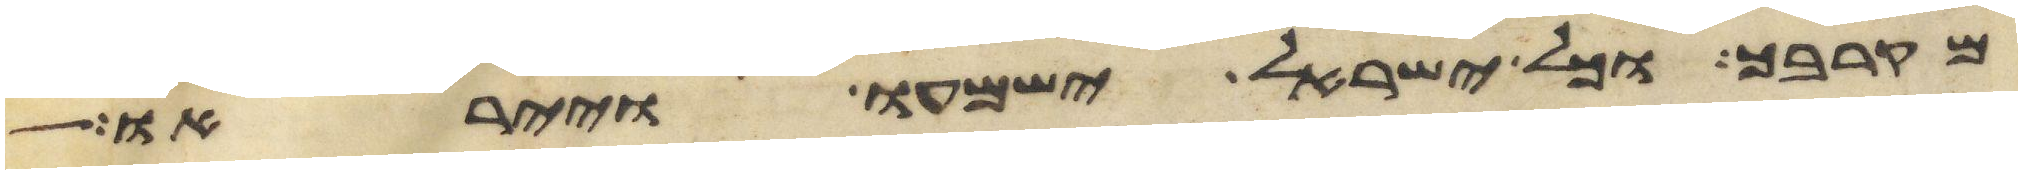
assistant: מקרבך וכל ישראל ישמעו וייראו